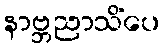
နာဗ္ဘညာသိံပေ